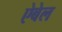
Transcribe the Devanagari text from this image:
ऐबेल